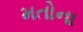
મતોના